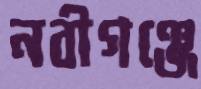
নবীগঞ্জে